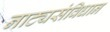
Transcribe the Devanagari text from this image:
नाट्यसंविधान